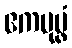
ဧကပုပ္ဖံ